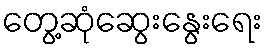
တွေ့ဆုံဆွေးနွေးရေး